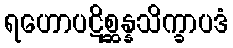
ရဟောပဋိစ္ဆန္နသိက္ခာပဒံ